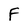
Character: F